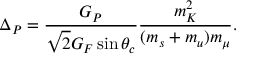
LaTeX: \Delta _ { P } = \frac { G _ { P } } { \sqrt { 2 } G _ { F } \sin \theta _ { c } } \frac { m _ { K } ^ { 2 } } { ( m _ { s } + m _ { u } ) m _ { \mu } } .